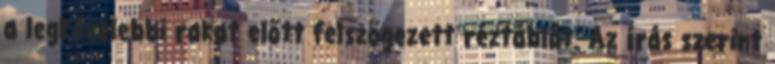
a legközelebbi rakat előtt felszögezett réztáblát. Az írás szerint